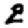
Digit: 2